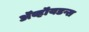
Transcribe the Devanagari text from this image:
ॲव्हॉयडन्स